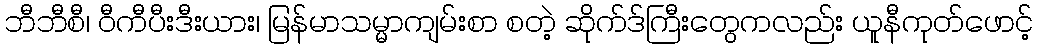
ဘီဘီစီ၊ ဝီကီပီးဒီးယား၊ မြန်မာသမ္မာကျမ်းစာ စတဲ့ ဆိုက်ဒ်ကြီးတွေကလည်း ယူနီကုတ်ဖောင့်